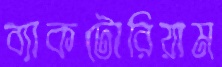
ব্যাকটোরিয়াম